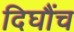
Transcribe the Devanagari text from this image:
दिघौंच